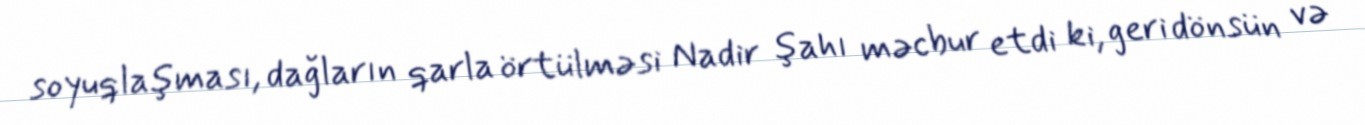
soyuqlaşması, dağların qarla örtülməsi Nadir şahı məcbur etdi ki, geri dönsün və